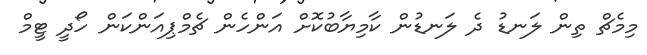
މިމެޗް ތިން ލަނޑު ދެ ލަނޑުން ކާމިޔާބުކޮށް އަންހެން ޗެމްޕިއަންކަން ހޯދީ ޓީމް